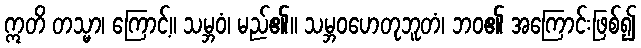
ဣတိ တသ္မာ၊ ကြောင့်။ သမ္ဘဝံ၊ မည်၏။ သမ္ဘဝဟေတုဘူတံ၊ ဘဝ၏ အကြောင်းဖြစ်၍